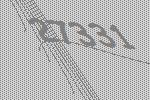
27331